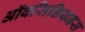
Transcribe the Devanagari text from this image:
ऑवसिडियनस